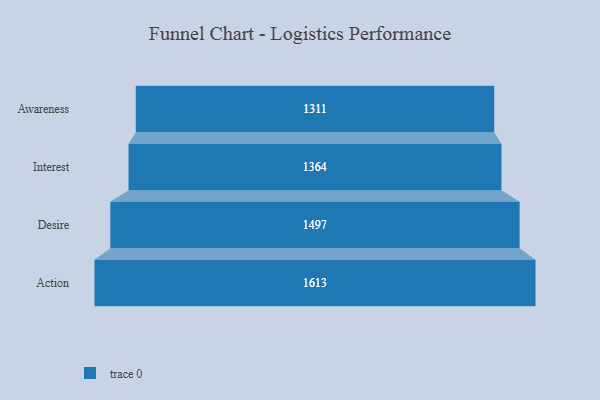
{"axis": {"x": "Stage", "y": "Value"}, "legend": [""], "data": [{"x": "Awareness", "y": 1311.0, "type": ""}, {"x": "Interest", "y": 1364.0, "type": ""}, {"x": "Desire", "y": 1497.0, "type": ""}, {"x": "Action", "y": 1613.0, "type": ""}]}